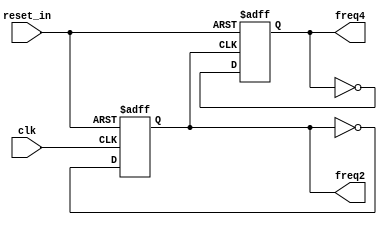
`timescale 1ns / 1ps
//////////////////////////////////////////////////////////////////////////////////
// Company: 
// Engineer: 
// 
// Design Name: 
// Module Name: lab25_frequency_div_2
// Project Name: 
// Target Devices: 
// Tool Versions: 
// Description: 
// 
// Dependencies: 
// 
// Revision:
// Revision 0.01 - File Created
// Additional Comments:
// 
//////////////////////////////////////////////////////////////////////////////////


module lab25_frequency_div_2(
                            input clk,
                            input reset_in,
                            output reg freq2 ,  
                            output reg freq4                                              
    );

always @(posedge clk or negedge reset_in)
begin
    if(!reset_in)
        freq2 <= 1'b0;
    else
        freq2 <= ~freq2 ;
      
end   

always @(posedge freq2 or negedge reset_in)
begin
    if(!reset_in)
        freq4 <= 1'b0;
    else
        freq4 <= ~freq4 ; 
end   

endmodule